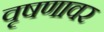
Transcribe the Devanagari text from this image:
वृषणावर